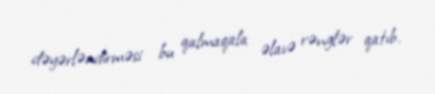
dəyərləndirməsi bu qalmaqala əlavə rənglər qatıb.